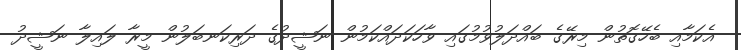
އެކަމާއި ބެހޭގޮތުން މިރޭގެ ބައްދަލުވުމުގައި ވާހަކަދައްކަމުން ނަޝީދުގެ ދަރިކަނބަލުން މީރާ ލައިލާ ނަޝީދު